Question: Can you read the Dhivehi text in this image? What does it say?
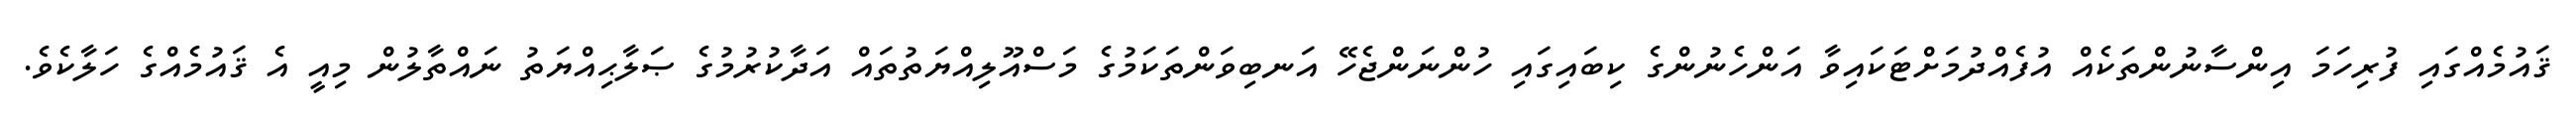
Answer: ޤައުމެއްގައި ފުރިހަމަ އިންސާނުންތަކެއް އުފެއްދުމަށްޓަކައިވާ އަންހެނުންގެ ކިބައިގައި ހުންނަންޖެހޭ އަނބިވަންތަކަމުގެ މަސްއޫލިއްޔަތުތައް އަދާކުރުމުގެ ޞަލާޙިއްޔަތު ނައްތާލުން މިއީ އެ ޤައުމެއްގެ ހަލާކެވެ.